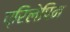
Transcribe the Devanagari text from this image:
प्रिलेपिन